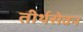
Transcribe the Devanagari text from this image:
तीर्थसेवन